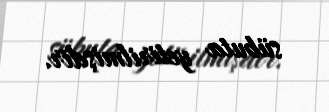
sübuta yetirilmişdir.